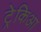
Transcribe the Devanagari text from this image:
ट्रेकिआ